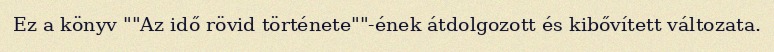
Ez a könyv ""Az idő rövid története""-ének átdolgozott és kibővített változata.